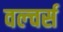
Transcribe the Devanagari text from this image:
वल्चर्स